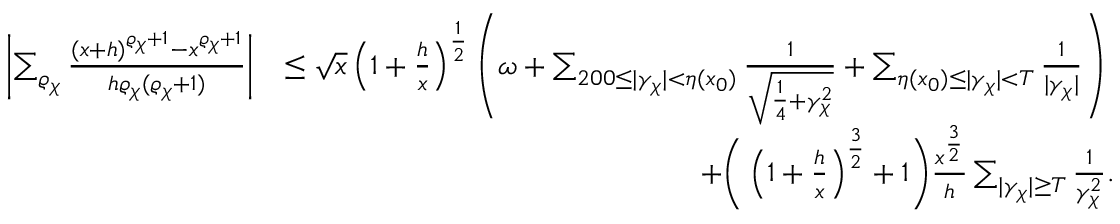
\begin{array} { r l } { \left| \sum _ { \varrho _ { \chi } } \frac { ( x + h ) ^ { \varrho _ { \chi } + 1 } - x ^ { \varrho _ { \chi } + 1 } } { h \varrho _ { \chi } ( \varrho _ { \chi } + 1 ) } \right| } & { \leq \sqrt { x } \left( 1 + \frac { h } { x } \right) ^ { \frac { 1 } { 2 } } \left( \omega + \sum _ { 2 0 0 \leq | \gamma _ { \chi } | < \eta ( x _ { 0 } ) } \frac { 1 } { \sqrt { \frac { 1 } { 4 } + \gamma _ { \chi } ^ { 2 } } } + \sum _ { \eta ( x _ { 0 } ) \leq | \gamma _ { \chi } | < T } \frac { 1 } { | \gamma _ { \chi } | } \right) } \\ & { \qquad \qquad \qquad \qquad \qquad \qquad \qquad + \bigg ( \left( 1 + \frac { h } { x } \right) ^ { \frac { 3 } { 2 } } + 1 \bigg ) \frac { x ^ { \frac { 3 } { 2 } } } { h } \sum _ { | \gamma _ { \chi } | \geq T } \frac { 1 } { \gamma _ { \chi } ^ { 2 } } . } \end{array}